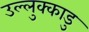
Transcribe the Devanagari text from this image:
उल्लुक्काडु